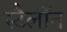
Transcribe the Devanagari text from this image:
स्टैलॉन